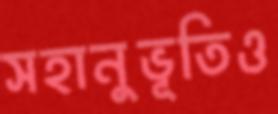
সহানুভূতিও